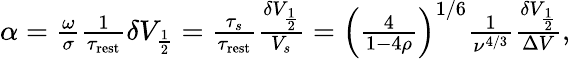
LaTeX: \begin{array}{r}{\alpha=\frac{\omega}{\sigma}\frac{1}{\tau_{\mathrm{rest}}}\delta V_{\frac{1}{2}}=\frac{\tau_{s}}{\tau_{\mathrm{rest}}}\frac{\delta V_{\frac{1}{2}}}{V_{s}}=\left(\frac{4}{1-4\rho}\right)^{1/6}\frac{1}{\nu^{4/3}}\frac{\delta V_{\frac{1}{2}}}{\Delta V},}\end{array}